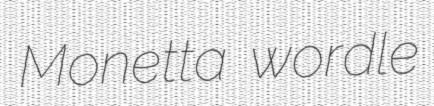
Monetta wordle